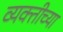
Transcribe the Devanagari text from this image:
व्‍यक्‍तीच्‍या